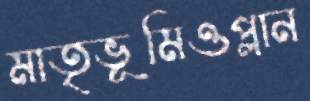
মাতৃভূমিওপ্লান